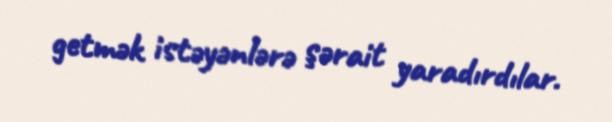
getmək istəyənlərə şərait yaradırdılar.